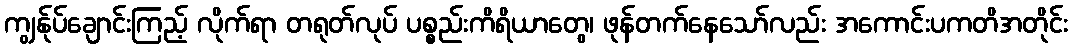
ကျွန်ုပ်ချောင်းကြည့် လိုက်ရာ တရုတ်လုပ် ပစ္စည်းကိရိယာတွေ၊ ဖုန်တက်နေသော်လည်း အကောင်းပကတိအတိုင်း